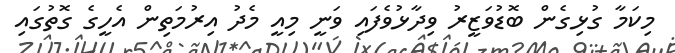
މިކަމާ ގުޅިގެން ބޮޑުވަޒީރު ވިދާޅުވެފައި ވަނީ މިއީ މެދު އިރުމަތިން އެހީގެ ގޮތުގައި